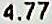
4.77